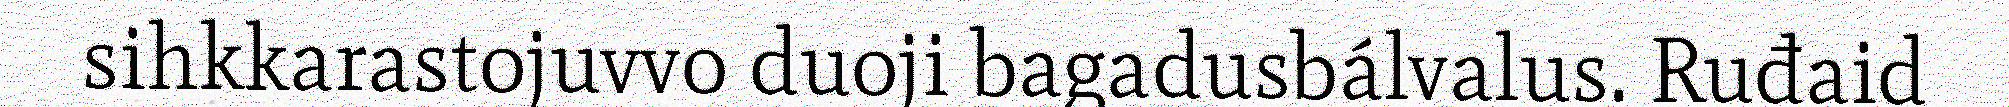
sihkkarastojuvvo duoji bagadusbálvalus. Ruđaid